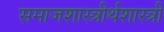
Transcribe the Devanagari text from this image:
समाजशास्त्रीर्थशास्त्री